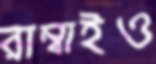
রাম্বাইও